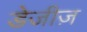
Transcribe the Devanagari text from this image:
डेजीज़